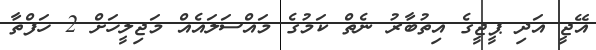
އޭޖީ އަދި ޕީޖީގެ އިތުބާރު ނެތް ކަމުގެ މައްސަލައެއް މަޖިލީހަށް 2 ހަފްތާ